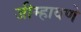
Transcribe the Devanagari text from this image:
जीम्हावणे